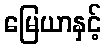
မြေယာနှင့်